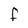
Character: F